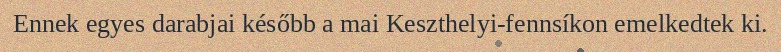
Ennek egyes darabjai később a mai Keszthelyi-fennsíkon emelkedtek ki.